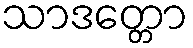
သာဒတ္တော